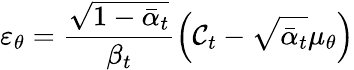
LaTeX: \varepsilon_{\theta}=\frac{\sqrt{1-\bar{\alpha}_{t}}}{\beta_{t}}\left(\mathcal{C}_{t}-\sqrt{\bar{\alpha}_{t}}\mu_{\theta}\right)